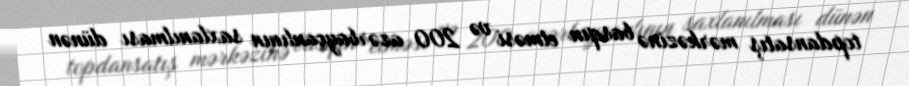
topdansatış mərkəzinə basqın etməsi və 200 azərbaycanlının saxlanılması dünən